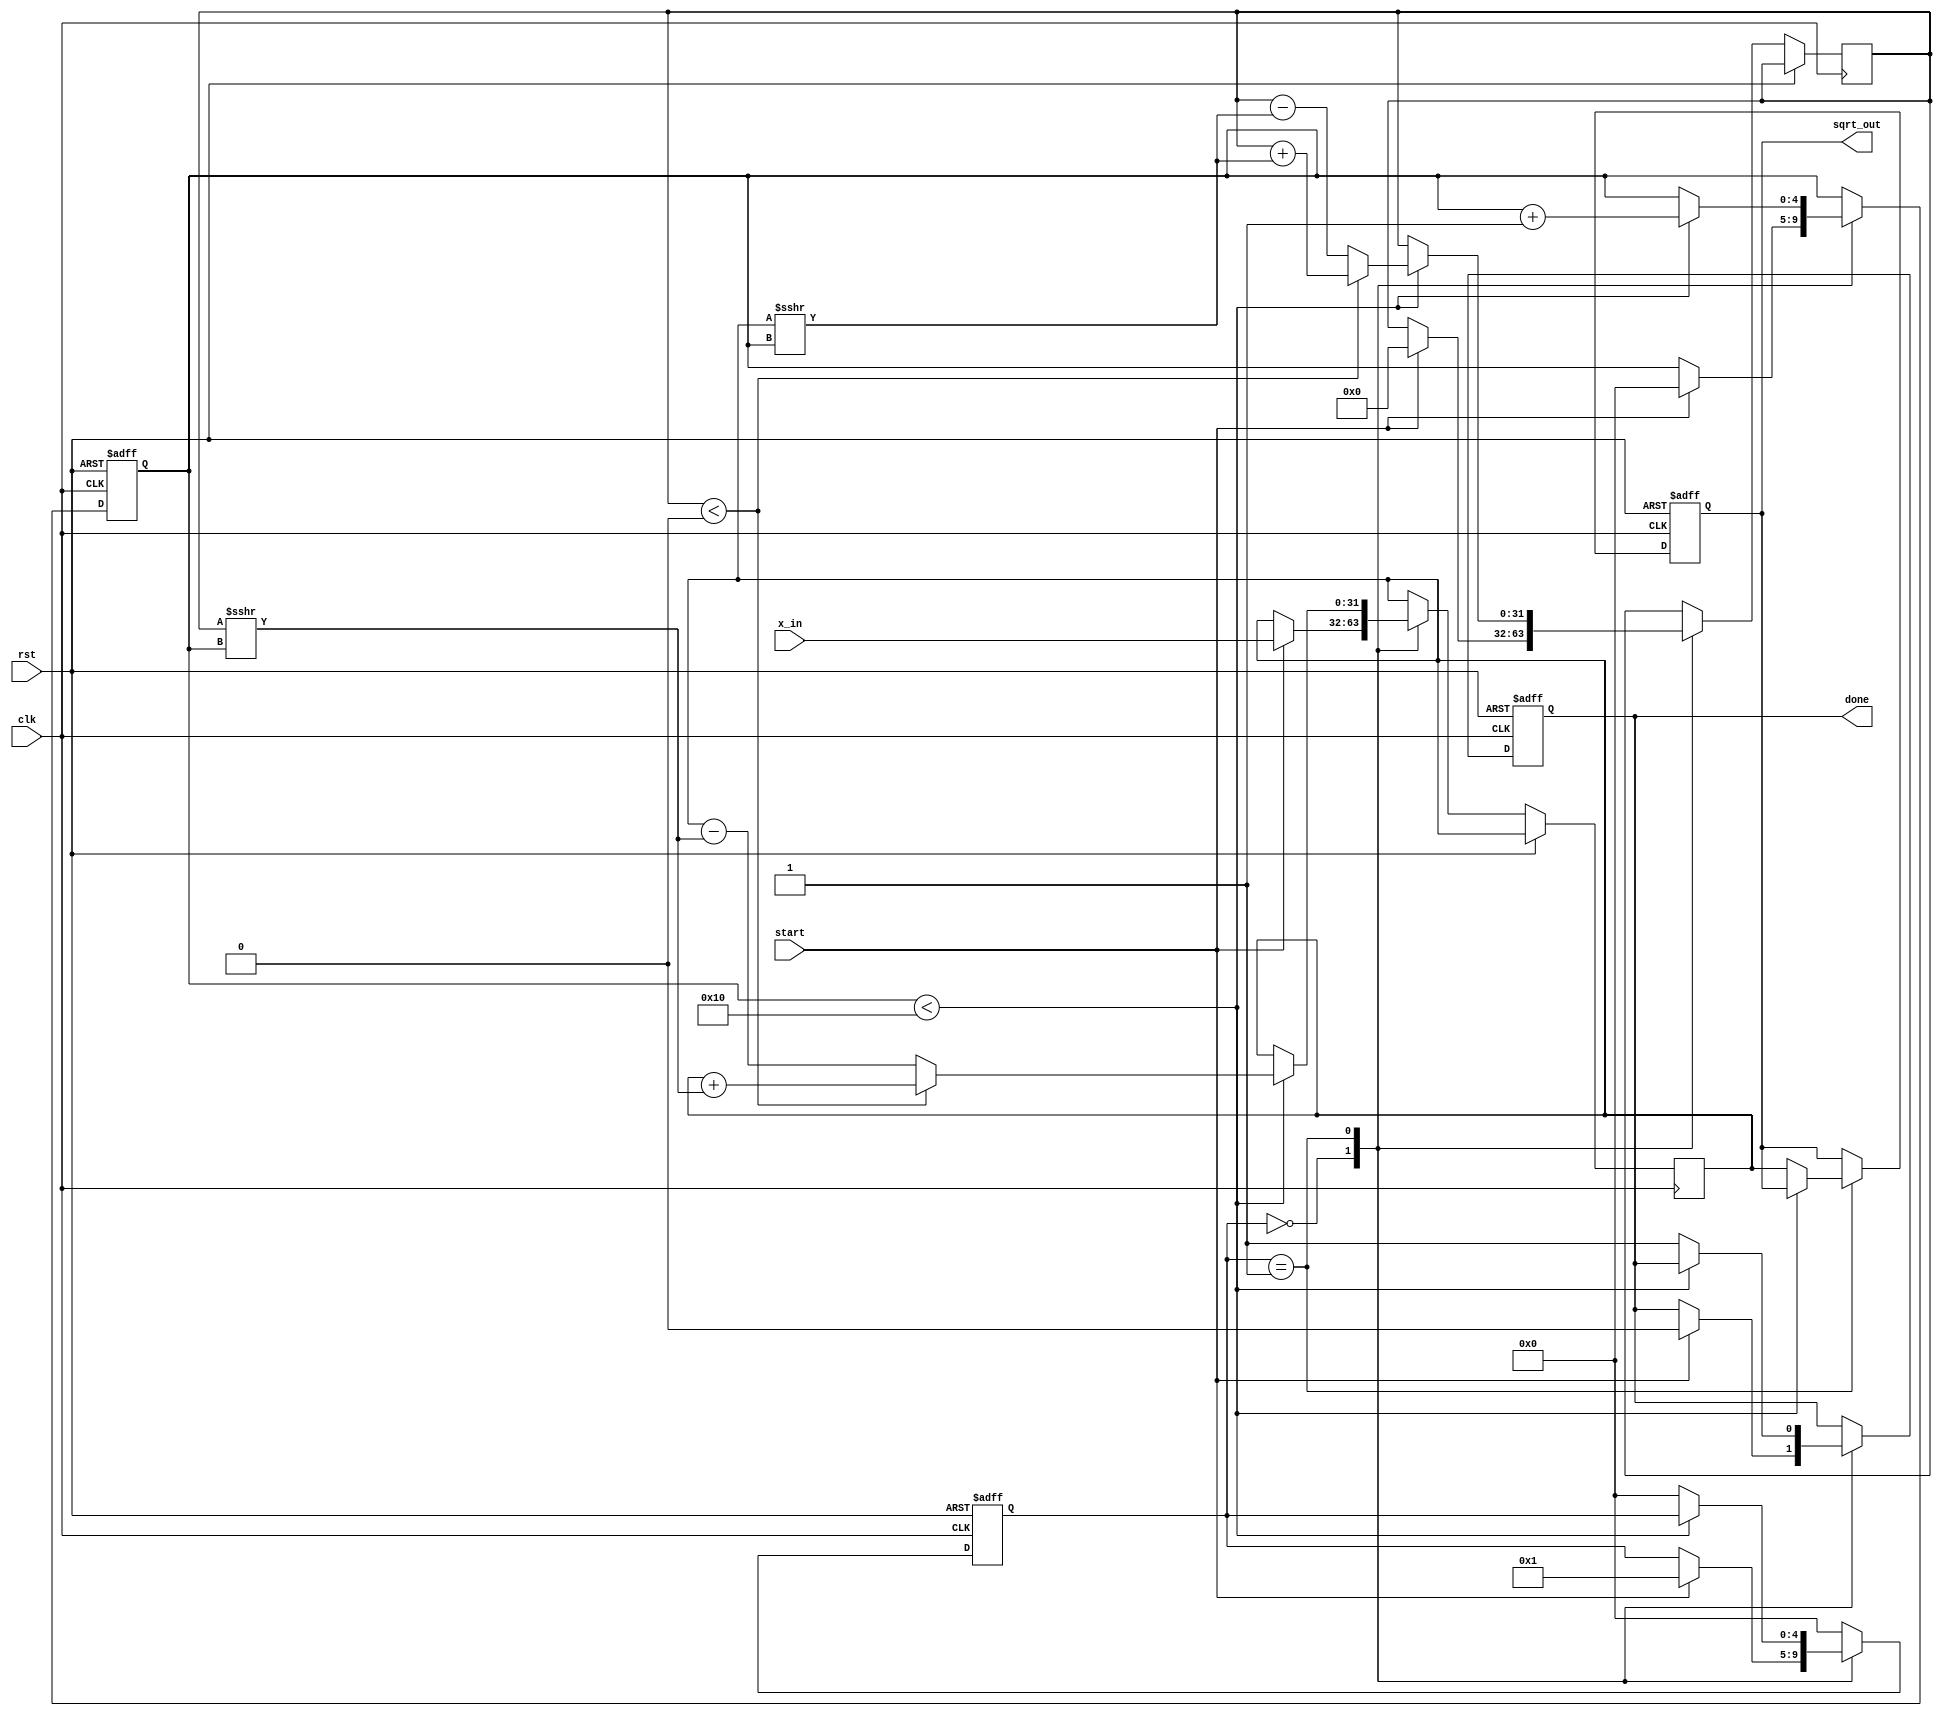
module cordic_sqrt (
    input wire clk,
    input wire rst,
    input wire start,
    input wire [31:0] x_in, // Input value for which square root is to be calculated
    output reg [31:0] sqrt_out, // Output square root
    output reg done // Signal indicating completion
);

    // CORDIC parameters
    parameter NUM_ITERATIONS = 16; // Number of iterations for CORDIC
    reg [31:0] x, y, z; // CORDIC variables
    reg [31:0] angle [0:NUM_ITERATIONS-1]; // Predefined angles for CORDIC
    reg [4:0] state; // State variable for FSM
    reg [4:0] iteration; // Iteration counter

    // Initialize angles for square root calculation
    initial begin
        angle[0] = 32'h00000000; // 0 degrees
        angle[1] = 32'h1C71C71C; // 45 degrees
        angle[2] = 32'h1A36B0A3; // 26.565 degrees
        angle[3] = 32'h1715B8A0; // 14.036 degrees
        angle[4] = 32'h15555555; // 7.125 degrees
        angle[5] = 32'h148F5C28; // 3.576 degrees
        angle[6] = 32'h143F3F3F; // 1.789 degrees
        angle[7] = 32'h1428F5C2; // 0.895 degrees
        angle[8] = 32'h1420B0A3; // 0.447 degrees
        angle[9] = 32'h141E1E1E; // 0.224 degrees
        angle[10] = 32'h141C71C7; // 0.112 degrees
        angle[11] = 32'h141C3F3F; // 0.056 degrees
        angle[12] = 32'h141C1C1C; // 0.028 degrees
        angle[13] = 32'h141C0B0B; // 0.014 degrees
        angle[14] = 32'h141C0555; // 0.007 degrees
        angle[15] = 32'h141C028F; // 0.003 degrees
    end

    // State machine for CORDIC operation
    always @(posedge clk or posedge rst) begin
        if (rst) begin
            state <= 0;
            iteration <= 0;
            sqrt_out <= 0;
            done <= 0;
        end else begin
            case (state)
                0: begin // Initialization state
                    if (start) begin
                        // Initialize CORDIC variables
                        x <= x_in;
                        y <= 0;
                        z <= 0; // Initial angle for square root
                        iteration <= 0;
                        done <= 0;
                        state <= 1; // Move to iteration state
                    end
                end
                1: begin // Iteration state
                    if (iteration < NUM_ITERATIONS) begin
                        // CORDIC rotation
                        if (y < 0) begin
                            x <= x + (y >>> iteration);
                            y <= y + (x >>> iteration);
                            z <= z - angle[iteration];
                        end else begin
                            x <= x - (y >>> iteration);
                            y <= y - (x >>> iteration);
                            z <= z + angle[iteration];
                        end
                        iteration <= iteration + 1; // Move to next iteration
                    end else begin
                        sqrt_out <= x; // Final output
                        done <= 1; // Indicate completion
                        state <= 0; // Go back to initialization
                    end
                end
                default: state <= 0; // Default state
            endcase
        end
    end

endmodule